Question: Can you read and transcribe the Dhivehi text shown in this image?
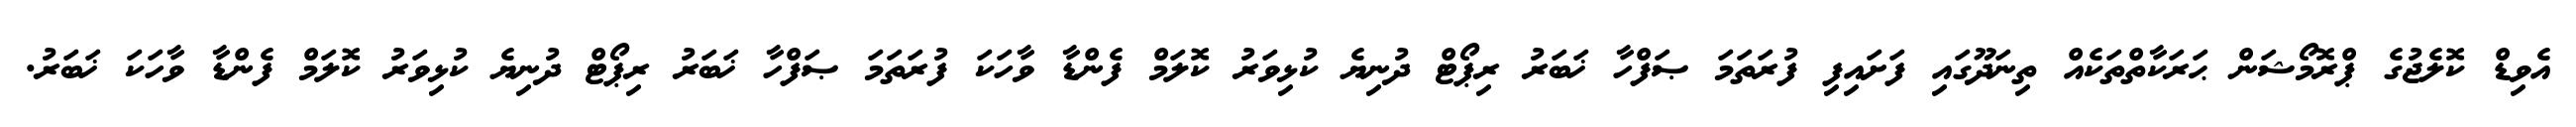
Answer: އެވިޑް ކޮލެޖުގެ ޕްރޮމޯޝަން ޙަރަކާތްތަކެއް ތިނަދޫގައި ފަށައިފި ފުރަތަމަ ޞަފްހާ ޚަބަރު ރިޕޯޓް ދުނިޔެ ކުޅިވަރު ކޮލަމް ފެންޑާ ވާހަކަ ފުރަތަމަ ޞަފްހާ ޚަބަރު ރިޕޯޓް ދުނިޔެ ކުޅިވަރު ކޮލަމް ފެންޑާ ވާހަކަ ޚަބަރު.